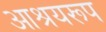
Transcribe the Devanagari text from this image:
आश्रयरूप